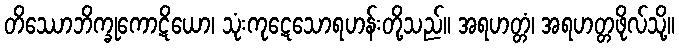
တိဿောဘိက္ခုကောဋိယော၊ သုံးကုဋေသောရဟန်းတို့သည်။ အရဟတ္တံ၊ အရဟတ္တဖိုလ်သို့။